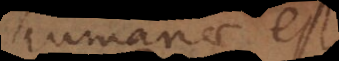
humanae est